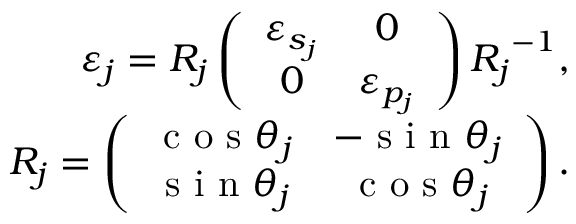
\begin{array} { r } { \varepsilon _ { j } = \boldsymbol { R _ { j } } \left( \begin{array} { c c } { \varepsilon _ { s _ { j } } } & { 0 } \\ { 0 } & { \varepsilon _ { p _ { j } } } \end{array} \right) \boldsymbol { R _ { j } } ^ { - 1 } , } \\ { \boldsymbol { R _ { j } } = \left( \begin{array} { c c } { \textrm { c o s } \theta _ { j } } & { - \textrm { s i n } \theta _ { j } } \\ { \textrm { s i n } \theta _ { j } } & { \textrm { c o s } \theta _ { j } } \end{array} \right) . } \end{array}